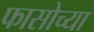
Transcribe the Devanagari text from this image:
फासोच्या